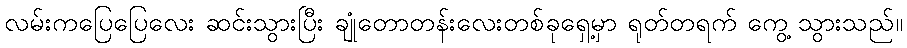
လမ်းကပြေပြေလေး ဆင်းသွားပြီး ချုံတောတန်းလေးတစ်ခုရှေ့မှာ ရုတ်တရက် ကွေ့ သွားသည်။